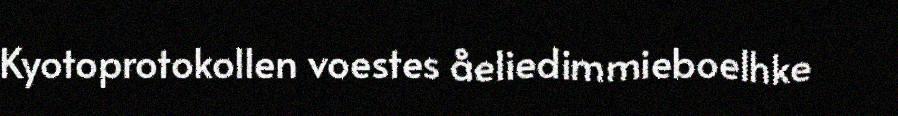
Kyotoprotokollen voestes åeliedimmieboelhke